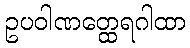
ဥပဝါဏတ္ထေရဂါထာ